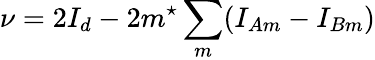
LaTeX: \nu=2I_{d}-2m^{\star}\sum_{m}(I_{Am}-I_{Bm})